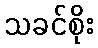
သခင်စိုး